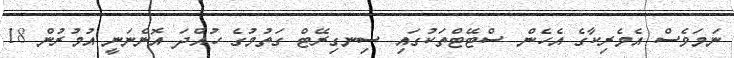
ނަމަވެސް އެމެރިކާގެ އެހެން ސްޓޭޓްތަކުގައި ސިނގިރޭޓް ގަތުމުގެ ހުއްދަ އޮންނަނީ އުމުރުން 18